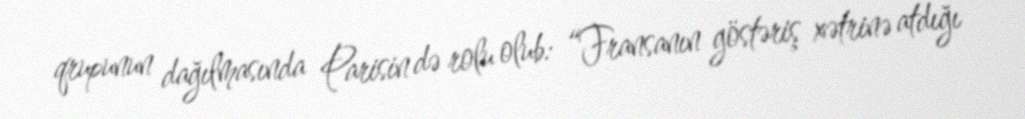
qrupunun dağılmasında Parisin də rolu olub: “Fransanın göstəriş xətrinə atdığı